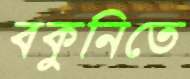
বকুনিতে